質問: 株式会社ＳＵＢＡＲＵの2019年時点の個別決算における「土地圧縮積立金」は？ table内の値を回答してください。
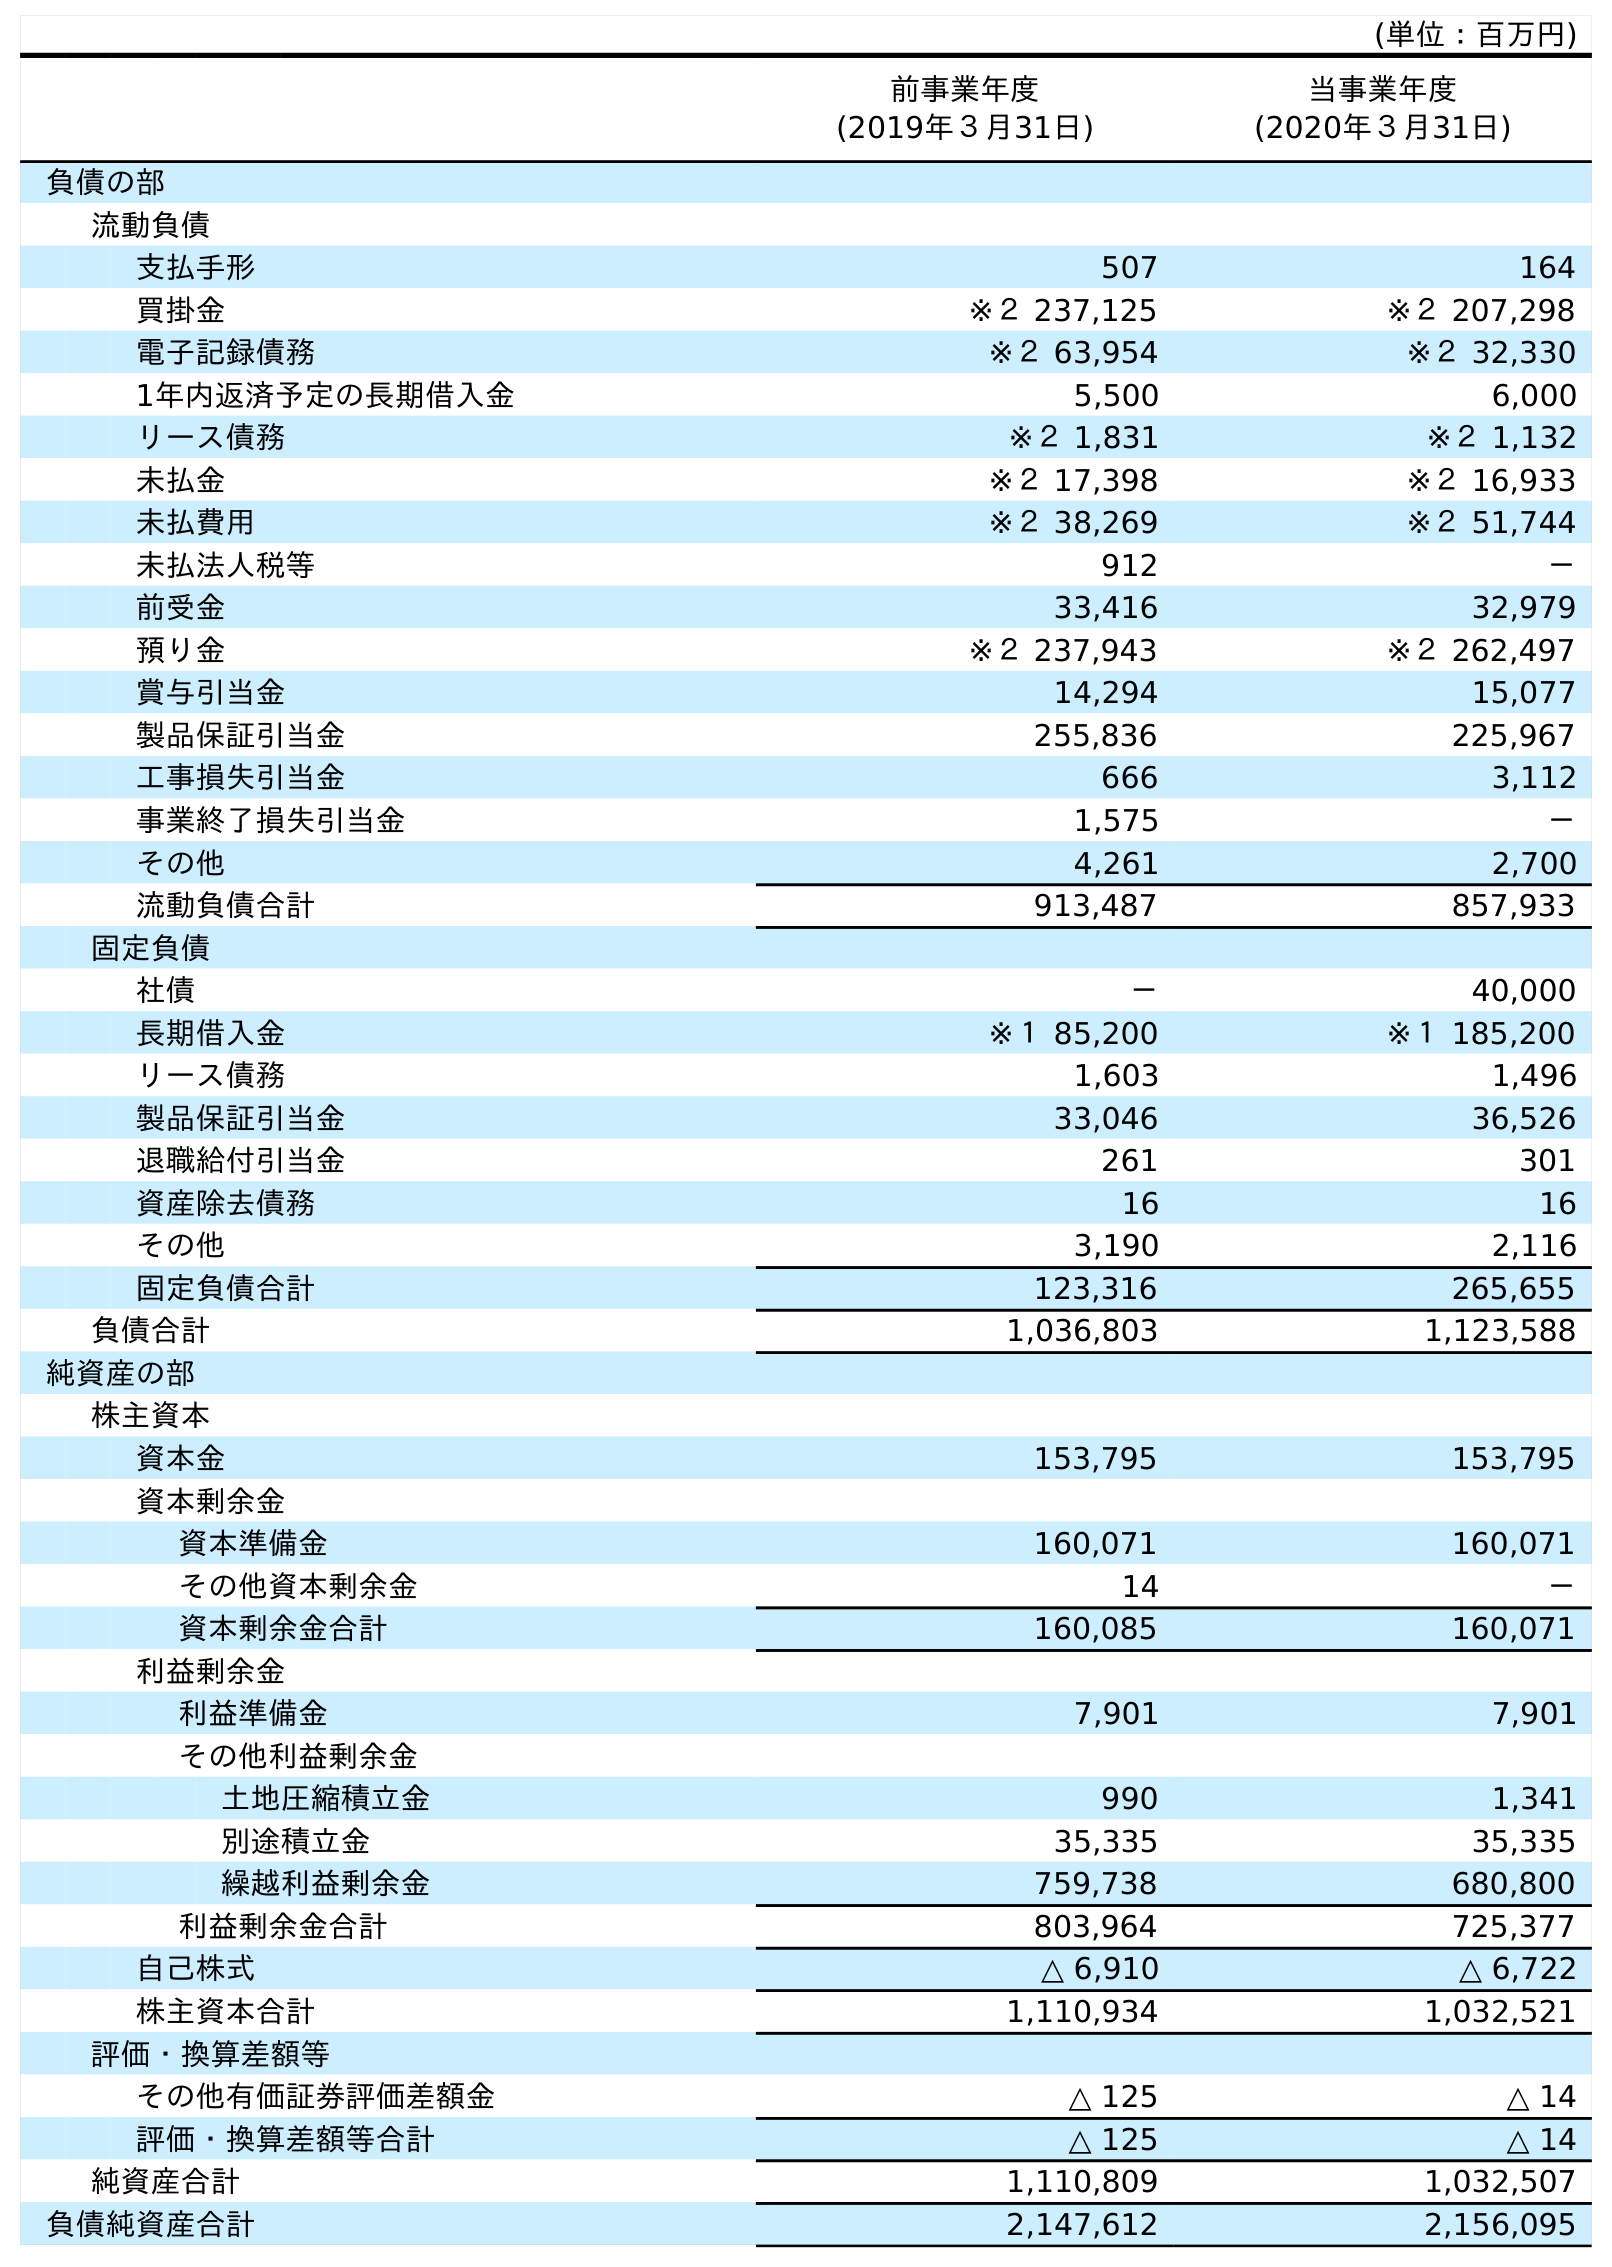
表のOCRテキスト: (単位：百万円) 前事業年度 (2019年３月31日) 当事業年度 (2020年３月31日) 負債の部 流動負債 支払手形 507 164 買掛金 ※２ 237,125 ※２ 207,298 電子記録債務 ※２ 63,954 ※２ 32,330 1年内返済予定の長期借入金 5,500 6,000 リース債務 ※２ 1,831 ※２ 1,132 未払金 ※２ 17,398 ※２ 16,933 未払費用 ※２ 38,269 ※２ 51,744 未払法人税等 912 － 前受金 33,416 32,979 預り金 ※２ 237,943 ※２ 262,497 賞与引当金 14,294 15,077 製品保証引当金 255,836 225,967 工事損失引当金 666 3,112 事業終了損失引当金 1,575 － その他 4,261 2,700 流動負債合計 913,487 857,933 固定負債 社債 － 40,000 長期借入金 ※１ 85,200 ※１ 185,200 リース債務 1,603 1,496 製品保証引当金 33,046 36,526 退職給付引当金 261 301 資産除去債務 16 16 その他 3,190 2,116 固定負債合計 123,316 265,655 負債合計 1,036,803 1,123,588 純資産の部 株主資本 資本金 153,795 153,795 資本剰余金 資本準備金 160,071 160,071 その他資本剰余金 14 － 資本剰余金合計 160,085 160,071 利益剰余金 利益準備金 7,901 7,901 その他利益剰余金 土地圧縮積立金 990 1,341 別途積立金 35,335 35,335 繰越利益剰余金 759,738 680,800 利益剰余金合計 803,964 725,377 自己株式 △ 6,910 △ 6,722 株主資本合計 1,110,934 1,032,521 評価・換算差額等 その他有価証券評価差額金 △ 125 △ 14 評価・換算差額等合計 △ 125 △ 14 純資産合計 1,110,809 1,032,507 負債純資産合計 2,147,612 2,156,095
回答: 990